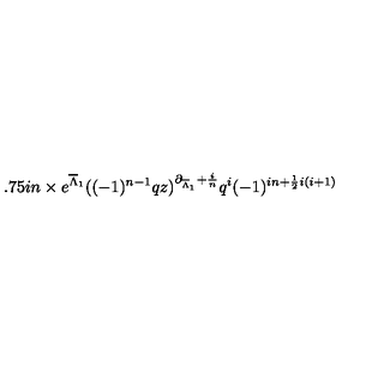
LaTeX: \hspace { 1 . 7 5 i n } \times e ^ { \overline { { \Lambda } } _ { 1 } } ( ( - 1 ) ^ { n - 1 } q z ) ^ { \partial _ { \overline { { \Lambda } } _ { 1 } } + \frac { i } { n } } q ^ { i } ( - 1 ) ^ { i n + \frac { 1 } { 2 } i ( i + 1 ) }